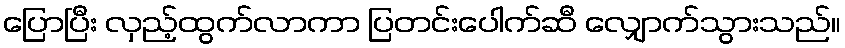
ပြောပြီး လှည့်ထွက်လာကာ ပြတင်းပေါက်ဆီ လျှောက်သွားသည်။